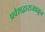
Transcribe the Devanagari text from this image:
प्रवेशद्वाराजवळून